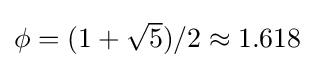
{\textstyle \phi =(1+{\sqrt {5}})/2\approx 1.618}